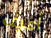
أعرف